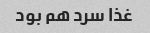
غذا سرد هم بود